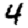
Digit: 4